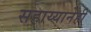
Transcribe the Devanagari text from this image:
सहाय्यानेही